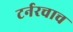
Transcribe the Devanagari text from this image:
टर्नरचाच